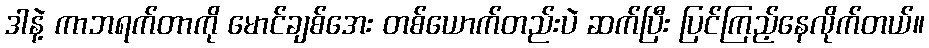
ဒါနဲ့ ကာဘရက်တာကို မောင်ချစ်အေး တစ်ယောက်တည်းပဲ ဆက်ပြီး ပြင်ကြည့်နေလိုက်တယ်။